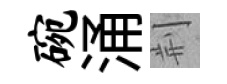
碗涌荆